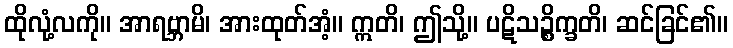
ထိုလုံ့လကို။ အာရဗ္ဘာမိ၊ အားထုတ်အံ့။ ဣတိ၊ ဤသို့။ ပဋိသဉ္စိက္ခတိ၊ ဆင်ခြင်၏။